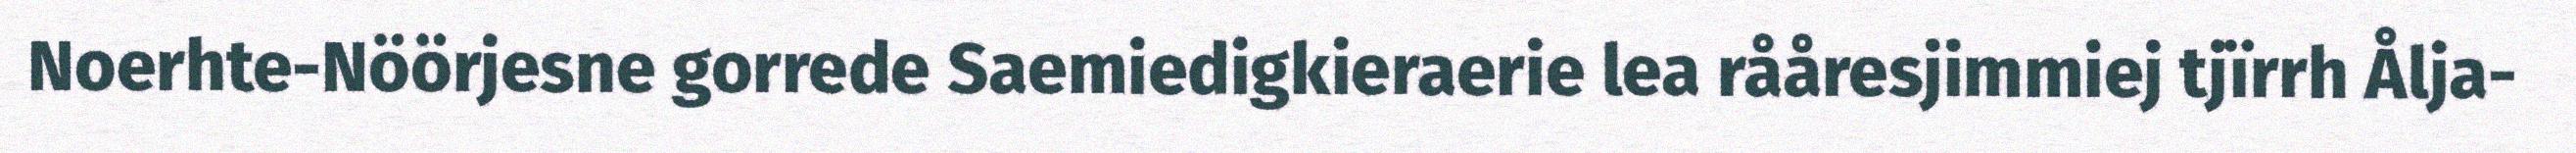
Noerhte-Nöörjesne gorrede Saemiedigkieraerie lea rååresjimmiej tjïrrh Ålja-